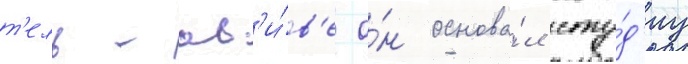
т'ель-ав'и́в'е о́н основа́л сту́д'иу